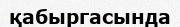
қабыргасында